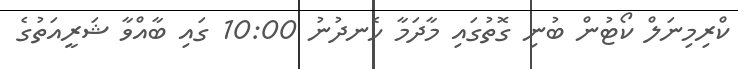
ކްރިމިނަލް ކޯޓުން ބުނި ގޮތުގައި މާދަމާ ހެނދުނު 10:00 ގައި ބާއްވާ ޝަރީއަތުގެ